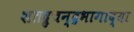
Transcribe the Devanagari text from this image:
शतद्रुचन्द्रभागाद्या